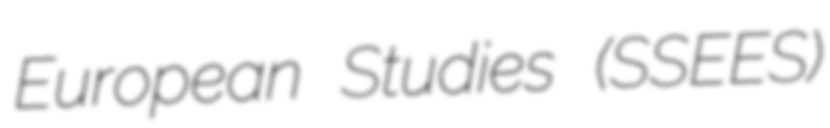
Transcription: European Studies (SSEES)